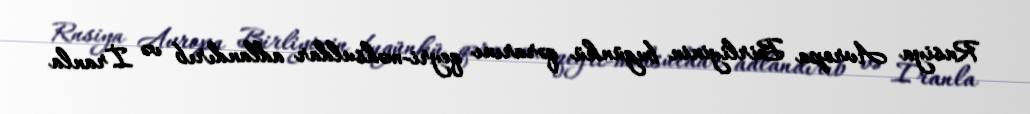
Rusiya Avropa Birliyinin bugünkü qərarını qeyri-məhsuldar adlandırıb və İranla